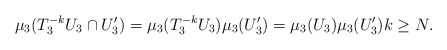
\begin{align*}\mu_3(T_3^{-k} U_3 \cap U_3') = \mu_3(T_3^{-k} U_3) \mu_3(U_3') = \mu_3(U_3) \mu_3(U_3') k \geq N.\end{align*}